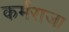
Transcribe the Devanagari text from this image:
कर्मराजा